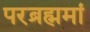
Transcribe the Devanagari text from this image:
परब्रह्ममां